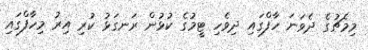
މިމެޗުގެ ދެވަނަ ހާފްގައި ދިވެހި ޓީމުގެ ކުޅުން ރަނގަޅު ކުރި އިރު މިހާފްގައި